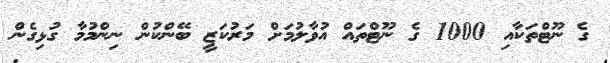
ގެ ނޫޓްތަކާއި 1000 ގެ ނޫޓްތައް އުވާލުމަށް މަރުކަޒީ ބޭންކުން ނިންމުމާ ގުޅިގެން